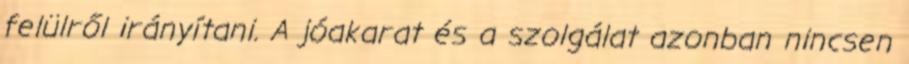
felülről irányítani. A jóakarat és a szolgálat azonban nincsen